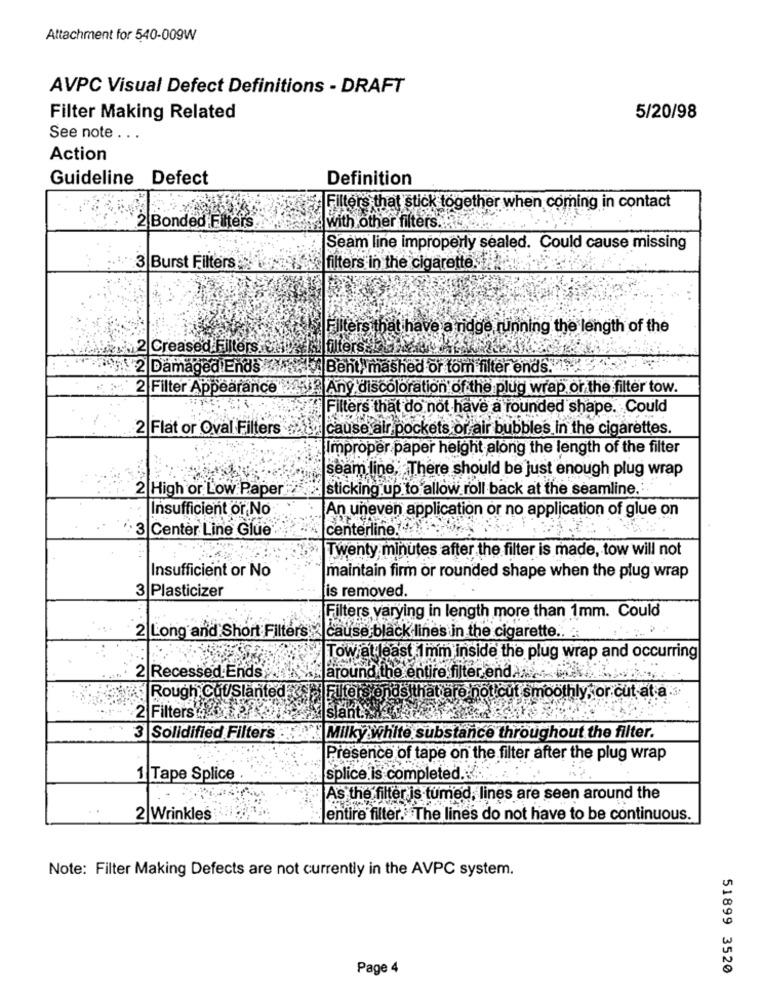
Attachment for 540-009W
AVPC Visual Defect Definitions - DRAFT
Filter Making Related
5/20/98
See note . . .
Action
Guideline Defect
Definition
Filters that stick together when coming in contact
2 Bonded Filters
with other filters.HLk.
Seam line improperly sealed. Could cause missing
3 Burst Filters
filters in the cigarette.
Filters that have a ridge running the length of the
2 Creased Filters CP
Ifers#
2 Damaged Ends
Bent, mashed or tom filter ends ...
2 Filter Appearance
A5 Any discoloration of the plug wrap or the filter tow.
Filters that do not have a rounded shape. Could
2 Flat or Oval Filters
cause alr pockets or air bubbles in the cigarettes.
Improper paper height along the length of the filter
seam line, There should be just enough plug wrap
2 High or Low Paper
sticking up to allow roll back at the seamline ..
Insufficient or No
An uneven application or no application of glue on
3|Center Line Glue
centerline.
Twenty minutes after the filter is made, tow will not
. ..
Insufficient or No
maintain firm or rounded shape when the plug wrap
3 Plasticizer
is removed.
Filters varying in length more than 1mm. Could
2 Long and Short Filters ×|cause black lines in the cigarette .. .
Tow at least 1mm inside the plug wrap and occurring
2 Recessed Ends
around the entire filter end A ...
Rough Cut/Slanted
cut smoothly, or cut at a
2 Filters 4 .27
slant.
3 Solidified Filters
Milky white substance throughout the filter.
Presence of tape on the filter after the plug wrap
1 Tape Splice
Splice is completed. .
As the filter is tumed, lines are seen around the
. .
2 Wrinkles
entire filter. The lines do not have to be continuous.
Note: Filter Making Defects are not currently in the AVPC system.
Page 4
51899 3520